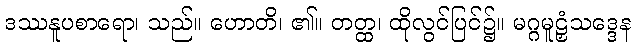
ဒဿနူပစာရော၊ သည်။ ဟောတိ၊ ၏။ တတ္ထ၊ ထိုလွင်ပြင်၌။ မဂ္ဂမူဠှံသဒ္ဒေန